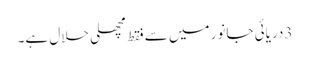
3دریائی جانور میں سے فقط مچھلی حلال ہے۔